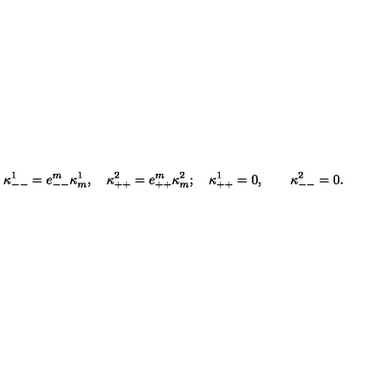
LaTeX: \kappa _ { -- } ^ { 1 } = e _ { -- } ^ { m } \kappa _ { m } ^ { 1 } , \quad \kappa _ { + + } ^ { 2 } = e _ { + + } ^ { m } \kappa _ { m } ^ { 2 } ; \quad \kappa _ { + + } ^ { 1 } = 0 , \quad \quad \kappa _ { -- } ^ { 2 } = 0 .